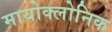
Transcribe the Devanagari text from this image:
मायोक्लोनिक